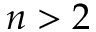
n > 2